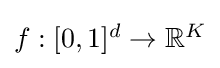
{\textstyle f:[0,1]^{d}\rightarrow \mathbb {R} ^{K}}